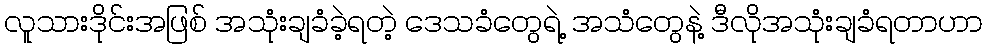
လူသားဒိုင်းအဖြစ် အသုံးချခံခဲ့ရတဲ့ ဒေသခံတွေရဲ့ အသံတွေနဲ့ ဒီလိုအသုံးချခံရတာဟာ